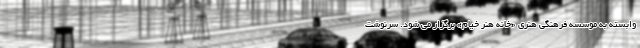
وابسته به موسسه فرهنگی هنری «خانه هنر خیام» برگزار می شود. سرنوشت